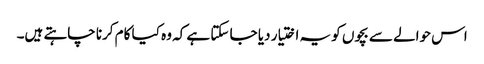
اس حوالے سے بچوں کو یہ اختیار دیا جا سکتا ہے کہ وہ کیا کام کرنا چاہتے ہیں۔